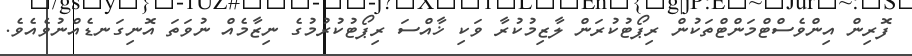
ފޮރިން އިންވެސްޓްމަންޓްތަކުން ރިޕޯޓުކުރަން ލާޒިމުކުރާ ވަކި ޚާއްސަ ރިޕޯޓުކުރުމުގެ ނިޒާމެއް ނުވަތަ އޮނިގަނޑެއްނުވެއެވެ.